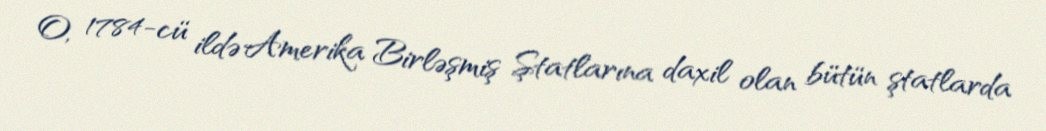
O, 1784-cü ildə Amerika Birləşmiş Ştatlarına daxil olan bütün ştatlarda